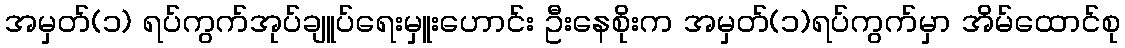
အမှတ်(၁) ရပ်ကွက်အုပ်ချူပ်ရေးမှူးဟောင်း ဦးနေစိုးက အမှတ်(၁)ရပ်ကွက်မှာ အိမ်ထောင်စု